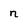
Character: n